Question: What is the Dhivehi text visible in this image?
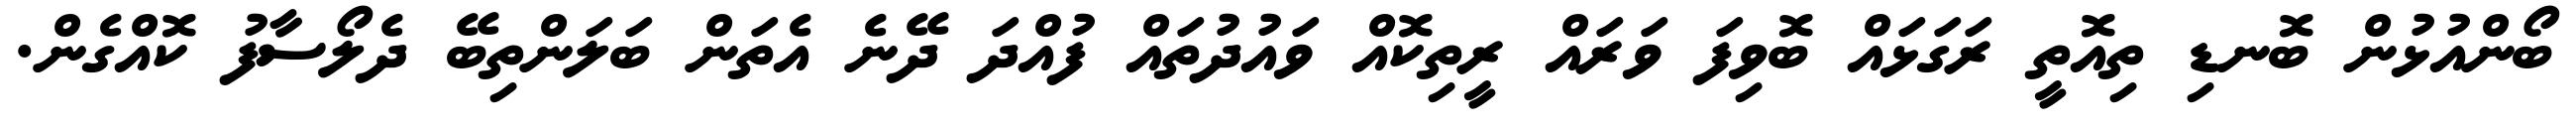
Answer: ބޯންއުޅުން ބޮނޑި ތިއޮތީ ރަގަޅައް ބޮވިފަ ވަރައް ރީތިކޮއް ވައުދުތައް ފުއްދަ ދޭނެ އެތަން ބަލަންތިބޭ ދެލޯސާފު ކޮއްގެން.